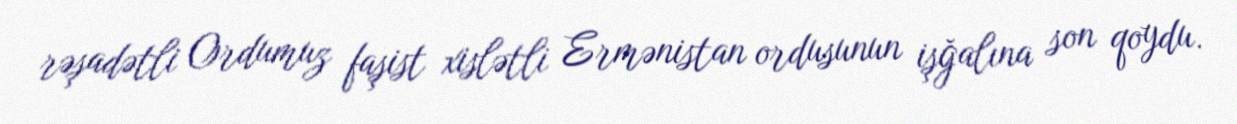
rəşadətli Ordumuz faşist xislətli Ermənistan ordusunun işğalına son qoydu.